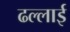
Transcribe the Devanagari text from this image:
ढल्लाई